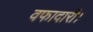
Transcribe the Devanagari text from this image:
वफादारी।